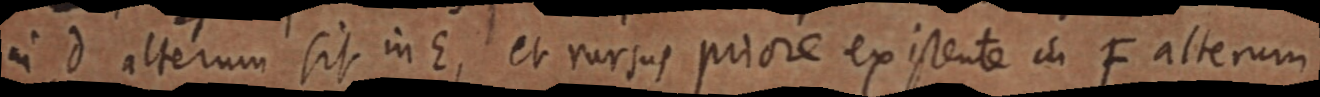
in d alterum sit in E, et rursus priore ex isente in F alterum